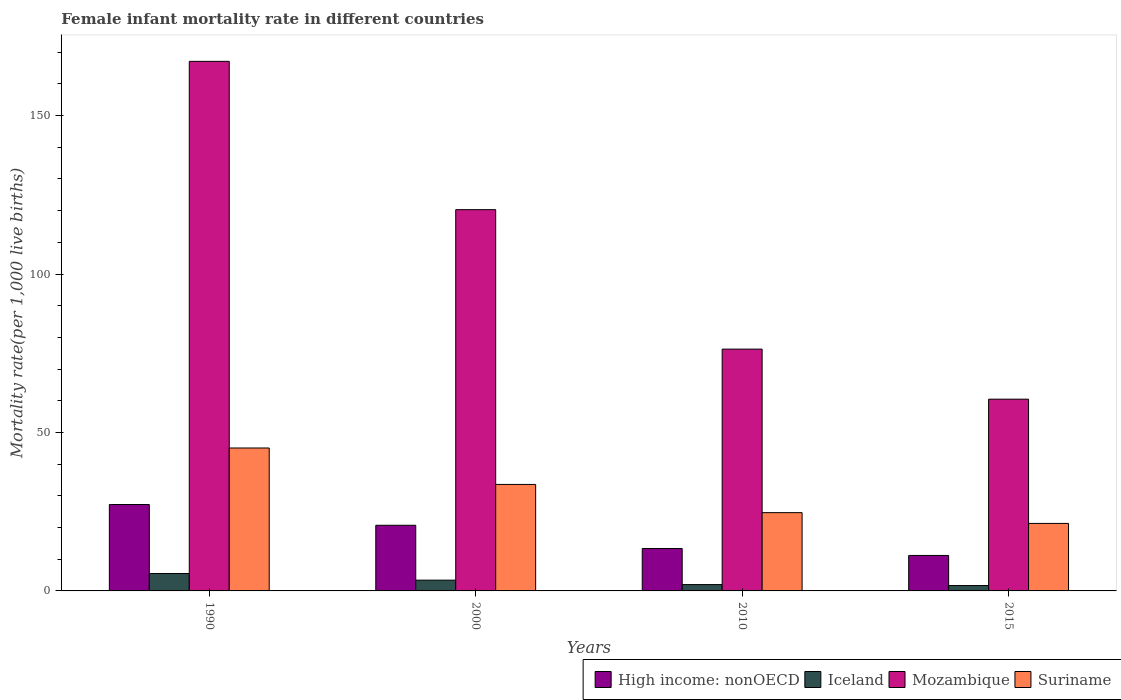
| Years | High income: nonOECD | Iceland | Mozambique | Suriname |
 | --- | --- | --- | --- | --- |
 | 1990 | 27.3 | 5.5 | 167 | 45.1 |
 | 2000 | 20.7 | 3.4 | 120 | 33.6 |
 | 2010 | 13.4 | 2 | 76.3 | 24.7 |
 | 2015 | 11.2 | 1.7 | 60.5 | 21.3 |